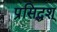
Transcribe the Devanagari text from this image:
प्रसिद्धश्